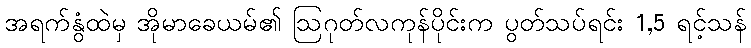
အရက်နွံထဲမှ အိုမာခေယမ်၏ ဩဂုတ်လကုန်ပိုင်းက ပွတ်သပ်ရင်း 1,5 ရင့်သန်